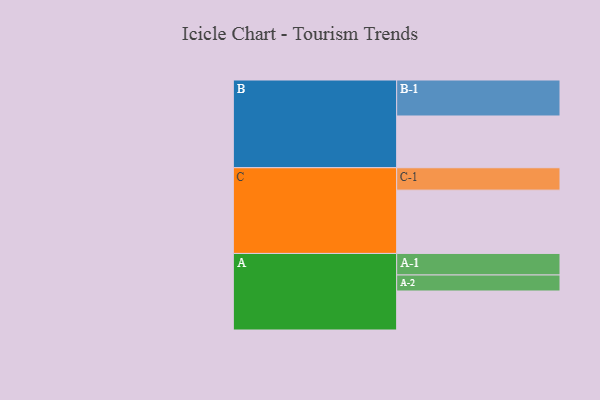
{"axis": {"x": "Segment", "y": "Value"}, "legend": ["", "A", "B", "C"], "data": [{"x": "A", "y": 324, "type": ""}, {"x": "B", "y": 430, "type": ""}, {"x": "C", "y": 526, "type": ""}, {"x": "A-1", "y": 179, "type": "A"}, {"x": "A-2", "y": 133, "type": "A"}, {"x": "B-1", "y": 299, "type": "B"}, {"x": "C-1", "y": 186, "type": "C"}]}